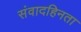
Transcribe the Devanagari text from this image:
संवादहिनता